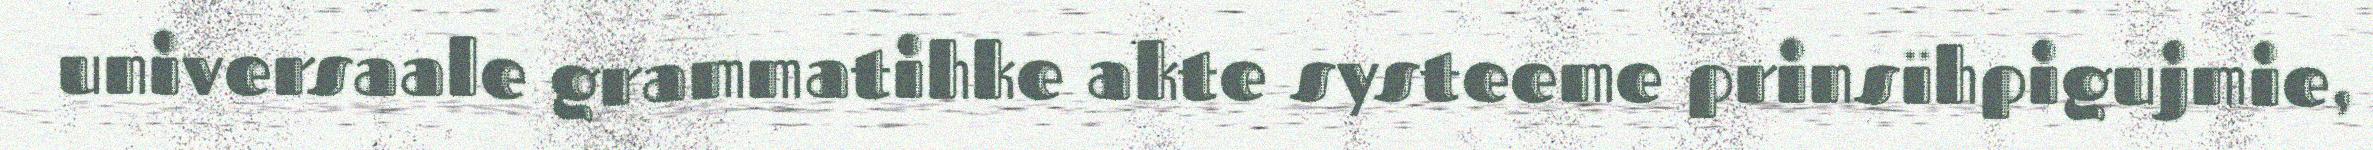
universaale grammatihke akte systeeme prinsïhpigujmie,